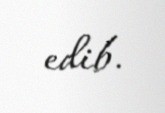
edib.